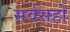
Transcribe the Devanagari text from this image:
सर्वसहो